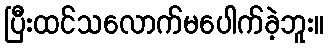
ပြီးထင်သလောက်မပေါက်ခဲ့ဘူး။